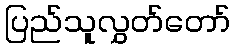
ပြည်သူလွှတ်တော်